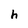
Character: h